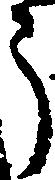
う